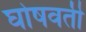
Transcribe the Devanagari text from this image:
घोषवती